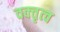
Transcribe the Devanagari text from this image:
वक्‍तृत्‍व